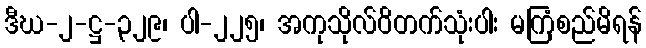
ဒီဃ-၂-ဋ္ဌ-၃၂၉၊ ပါ-၂၂၅၊ အကုသိုလ်ဝိတက်သုံးပါး မကြံစည်မိရန်